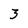
Character: 3